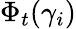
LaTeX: \Phi_{t}(\gamma_{i})